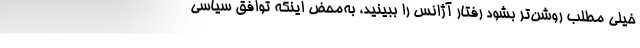
خیلی مطلب روشن‌تر بشود رفتار آژانس را ببینید، به‌محض اینکه توافق سیاسی